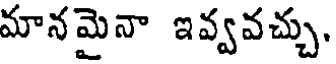
మానమైనా ఇవ్వవచ్చు,